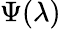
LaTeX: \Psi(\lambda)